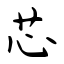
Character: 芯